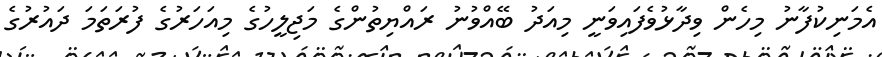
އެމަނިކުފާނު މިހެން ވިދާޅުވެފައިވަނީ މިއަދު ބޭއްވުނު ރައްޔިތުންގެ މަޖިލީހުގެ މިއަހަރުގެ ފުރަތަމަ ދައުރުގެ